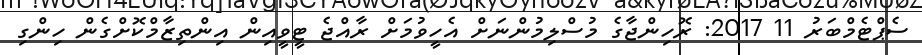
ސެޕްޓެމްބަރު 11 2017: ރޮހިންޖާގެ މުސްލިމުންނަށް އެހީވުމަށް ރާއްޖެ ޓީވީއިން އިންތިޒާމްކޮށްގެން ހިންގި